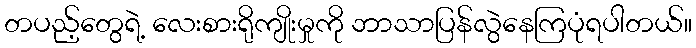
တပည့်တွေရဲ့ လေးစားရိုကျိုးမှုကို ဘာသာပြန်လွဲနေကြပုံရပါတယ်။